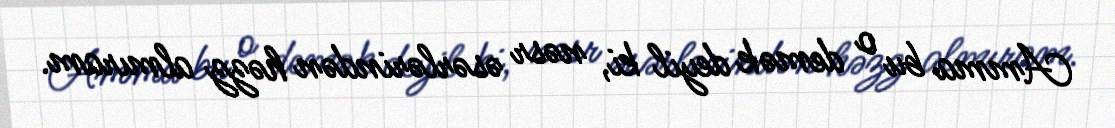
Amma bu o demək deyil ki, nəsr əsərlərindən həzz almıram.